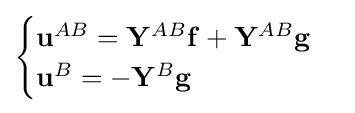
{\begin{cases}\mathbf {u} ^{AB}=\mathbf {Y} ^{AB}\mathbf {f} +\mathbf {Y} ^{AB}\mathbf {g} \\\mathbf {u} ^{B}=-\mathbf {Y} ^{B}\mathbf {g} \end{cases}}